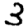
Digit: 3